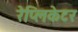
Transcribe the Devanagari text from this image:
रेप्लिकेटर